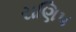
રાણિપ